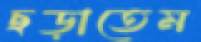
ছড়াতেম